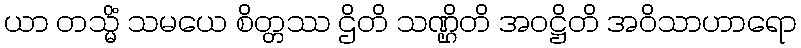
ယာ တသ္မိံ သမယေ စိတ္တဿ ဌိတိ သဏ္ဌိတိ အဝဋ္ဌိတိ အဝိသာဟာရော